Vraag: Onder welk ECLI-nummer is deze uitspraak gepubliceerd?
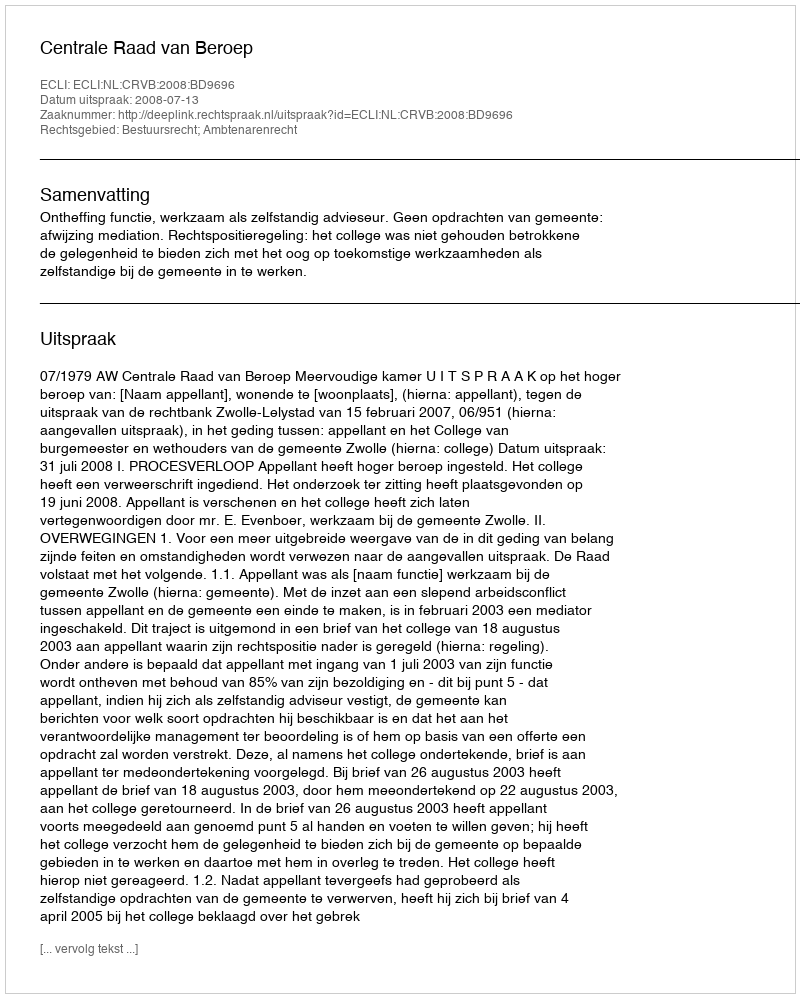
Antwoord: ECLI:NL:CRVB:2008:BD9696